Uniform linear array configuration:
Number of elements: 32
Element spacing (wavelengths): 0.5
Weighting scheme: binomial
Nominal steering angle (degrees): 45
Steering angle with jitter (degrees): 44.183
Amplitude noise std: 0.05
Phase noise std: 0.05

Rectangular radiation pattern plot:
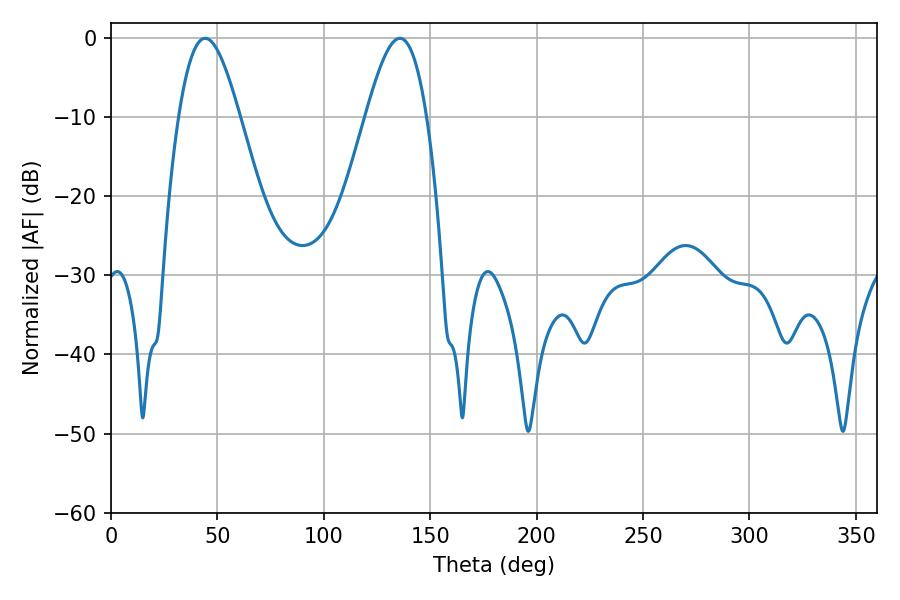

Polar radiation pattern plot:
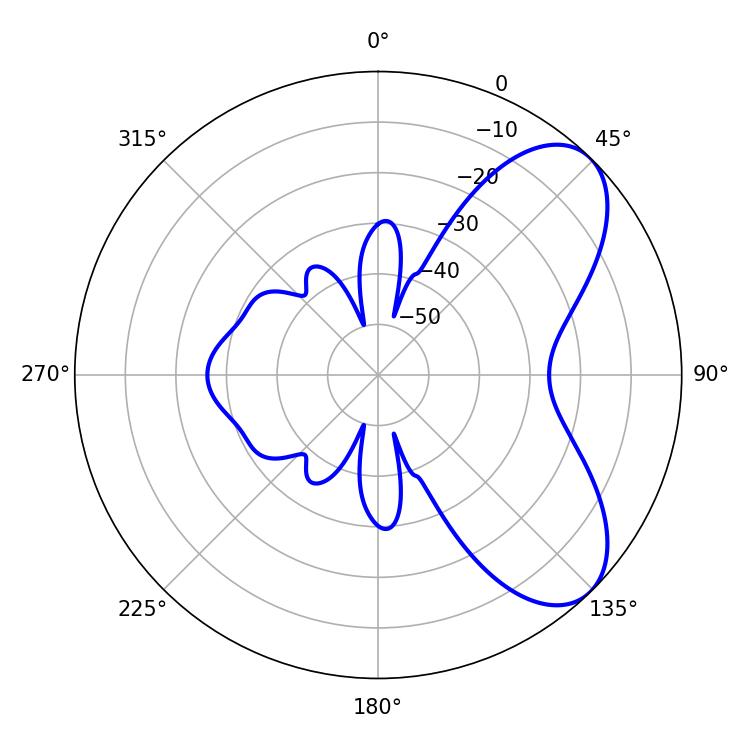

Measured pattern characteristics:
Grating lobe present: FALSE
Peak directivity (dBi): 6.807
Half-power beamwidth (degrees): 15.48
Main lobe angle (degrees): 44.28